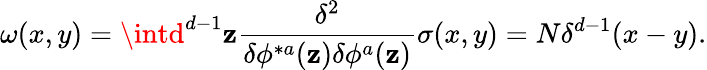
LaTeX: \omega(x,y)=\intd^{d-1}\mathbf{z}{\frac{{\delta^{2}}}{{\delta\phi^{*a}(\mathbf{z})\delta\phi^{a}(\mathbf{z})}}}\sigma(x,y)=N\delta^{d-1}(x-y).